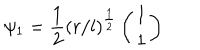
LaTeX: \psi _ { 1 } = \frac { 1 } { 2 } ( r / l ) ^ { \frac { 1 } { 2 } } \left( \begin{array} { c } { { 1 } } \\ { { 1 } } \\ \end{array} \right)